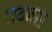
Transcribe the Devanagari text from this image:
पब्बस